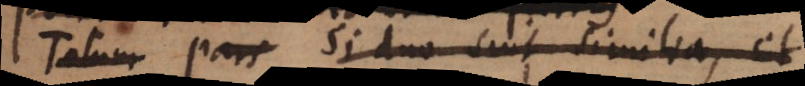
Totum Pars Si duo sint similia, et